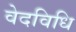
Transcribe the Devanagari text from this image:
वेदविधि